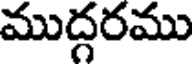
ముద్దరము